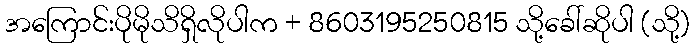
အကြောင်းပိုမိုသိရှိလိုပါက + 8603195250815 သို့ခေါ်ဆိုပါ (သို့)